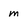
Character: m